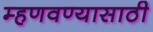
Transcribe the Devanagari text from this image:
म्हणवण्यासाठी